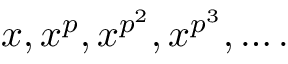
x , x ^ { p } , x ^ { p ^ { 2 } } , x ^ { p ^ { 3 } } , \ldots .